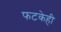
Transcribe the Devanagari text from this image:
फटकेही